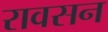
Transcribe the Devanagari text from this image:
रावसन